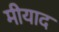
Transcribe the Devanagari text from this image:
मीयाद